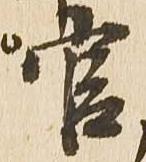
官